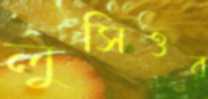
লুসিওর